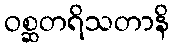
ဝစ္ဆတရိသတာနိ